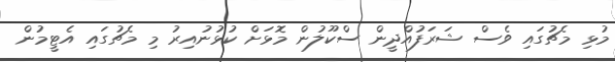
މުޅި މެޗުގައި ވެސް ޝަރަފުއްދީން ސްކޫލުން މޮޅަށް ކުޅުނުއިރު މި މެޗުގައި އެޓީމުން